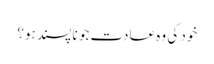
خود کی وہ عادت جو نا پسند ہو؟